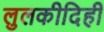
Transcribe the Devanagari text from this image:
लुलकीदिही